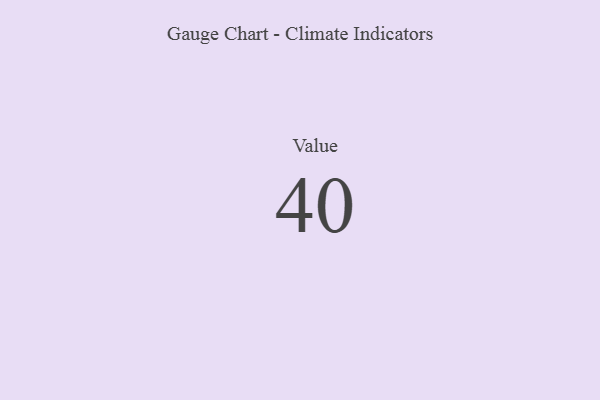
{"axis": {"x": "Metric", "y": "Value"}, "legend": [""], "data": [{"x": "Value", "y": 40, "type": ""}]}